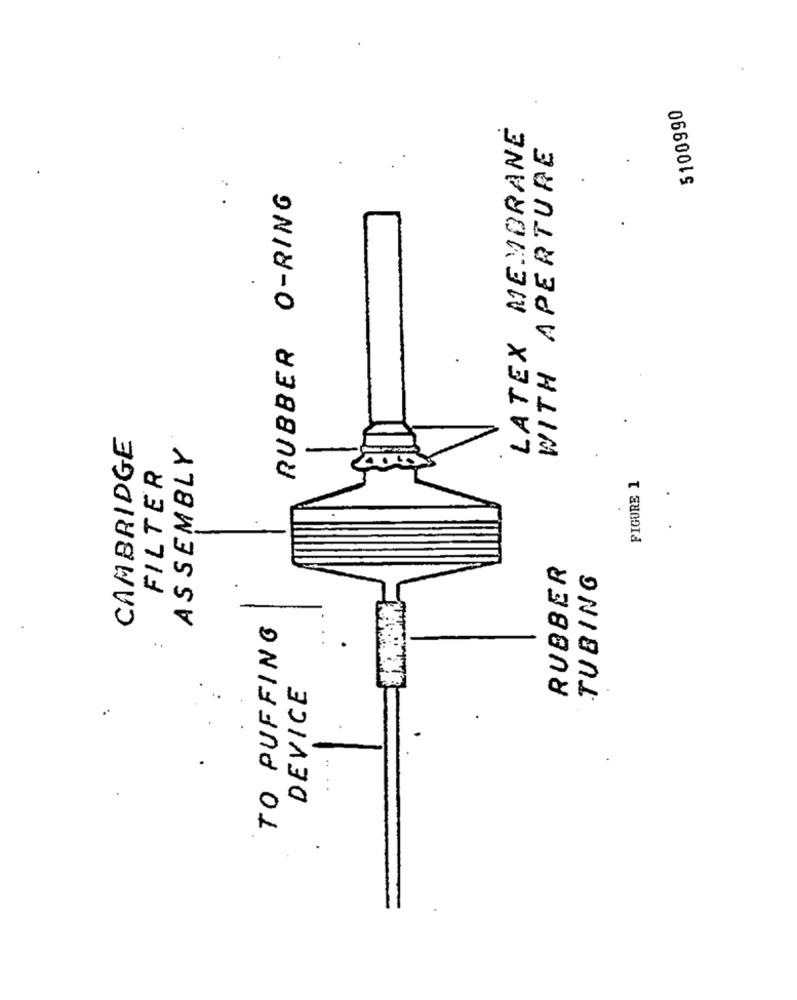
5100990
LATEX MEMBRANE
WITH APERTURE
RUBBER O-RING
CAMBRIDGE
ASSEMBLY
FILTER
FIGURE 1
RUBBER
TUBING
TO PUFFING
DEVICE